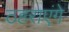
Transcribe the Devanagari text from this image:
ठहराएंगे